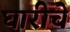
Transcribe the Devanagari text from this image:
घारीचे